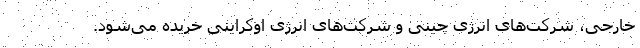
خارجی، شرکت‌های انرژی چینی و شرکت‌های انرژی اوکراینی خریده می‌شود.